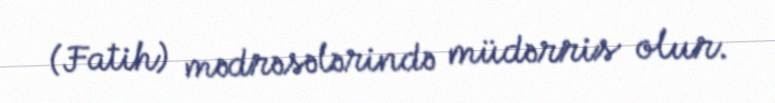
(Fatih) mədrəsələrində müdərris olur.